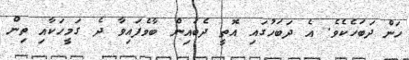
ހަން ދަބަހެކެވެ. އެ ދަބަހުގައި އޮތީ ދެބައިން ބާވެފައިވާ ދެ ގަމީހަކާއި ތިން